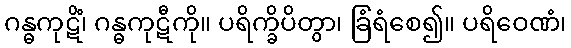
ဂန္ဓကုဋိံ၊ ဂန္ဓကုဋီကို။ ပရိက္ခိပိတွာ၊ ခြံရံစေ၍။ ပရိဝေဏံ၊